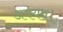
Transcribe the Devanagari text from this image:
अवयव।